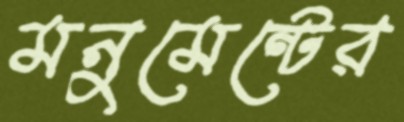
মনুমেন্টের